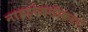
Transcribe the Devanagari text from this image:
नाइट्रोजनीकरण